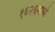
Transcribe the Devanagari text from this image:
१६२६मध्ये